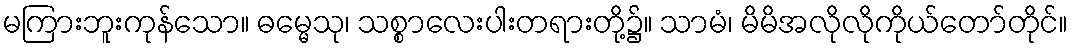
မကြားဘူးကုန်သော။ ဓမ္မေသု၊ သစ္စာလေးပါးတရားတို့၌။ သာမံ၊ မိမိအလိုလိုကိုယ်တော်တိုင်။